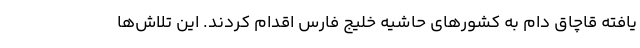
یافته قاچاق دام به کشورهای حاشیه خلیج فارس اقدام کردند. این تلاش‌ها